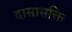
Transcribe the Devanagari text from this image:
दासासक्ति